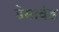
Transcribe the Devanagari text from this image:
डेमावंड